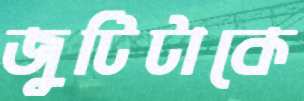
জুটিটাকে